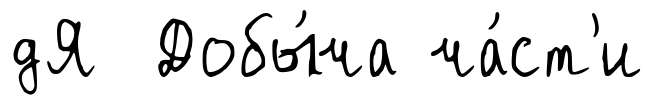
дЯ Добы́ча ча́ст'и